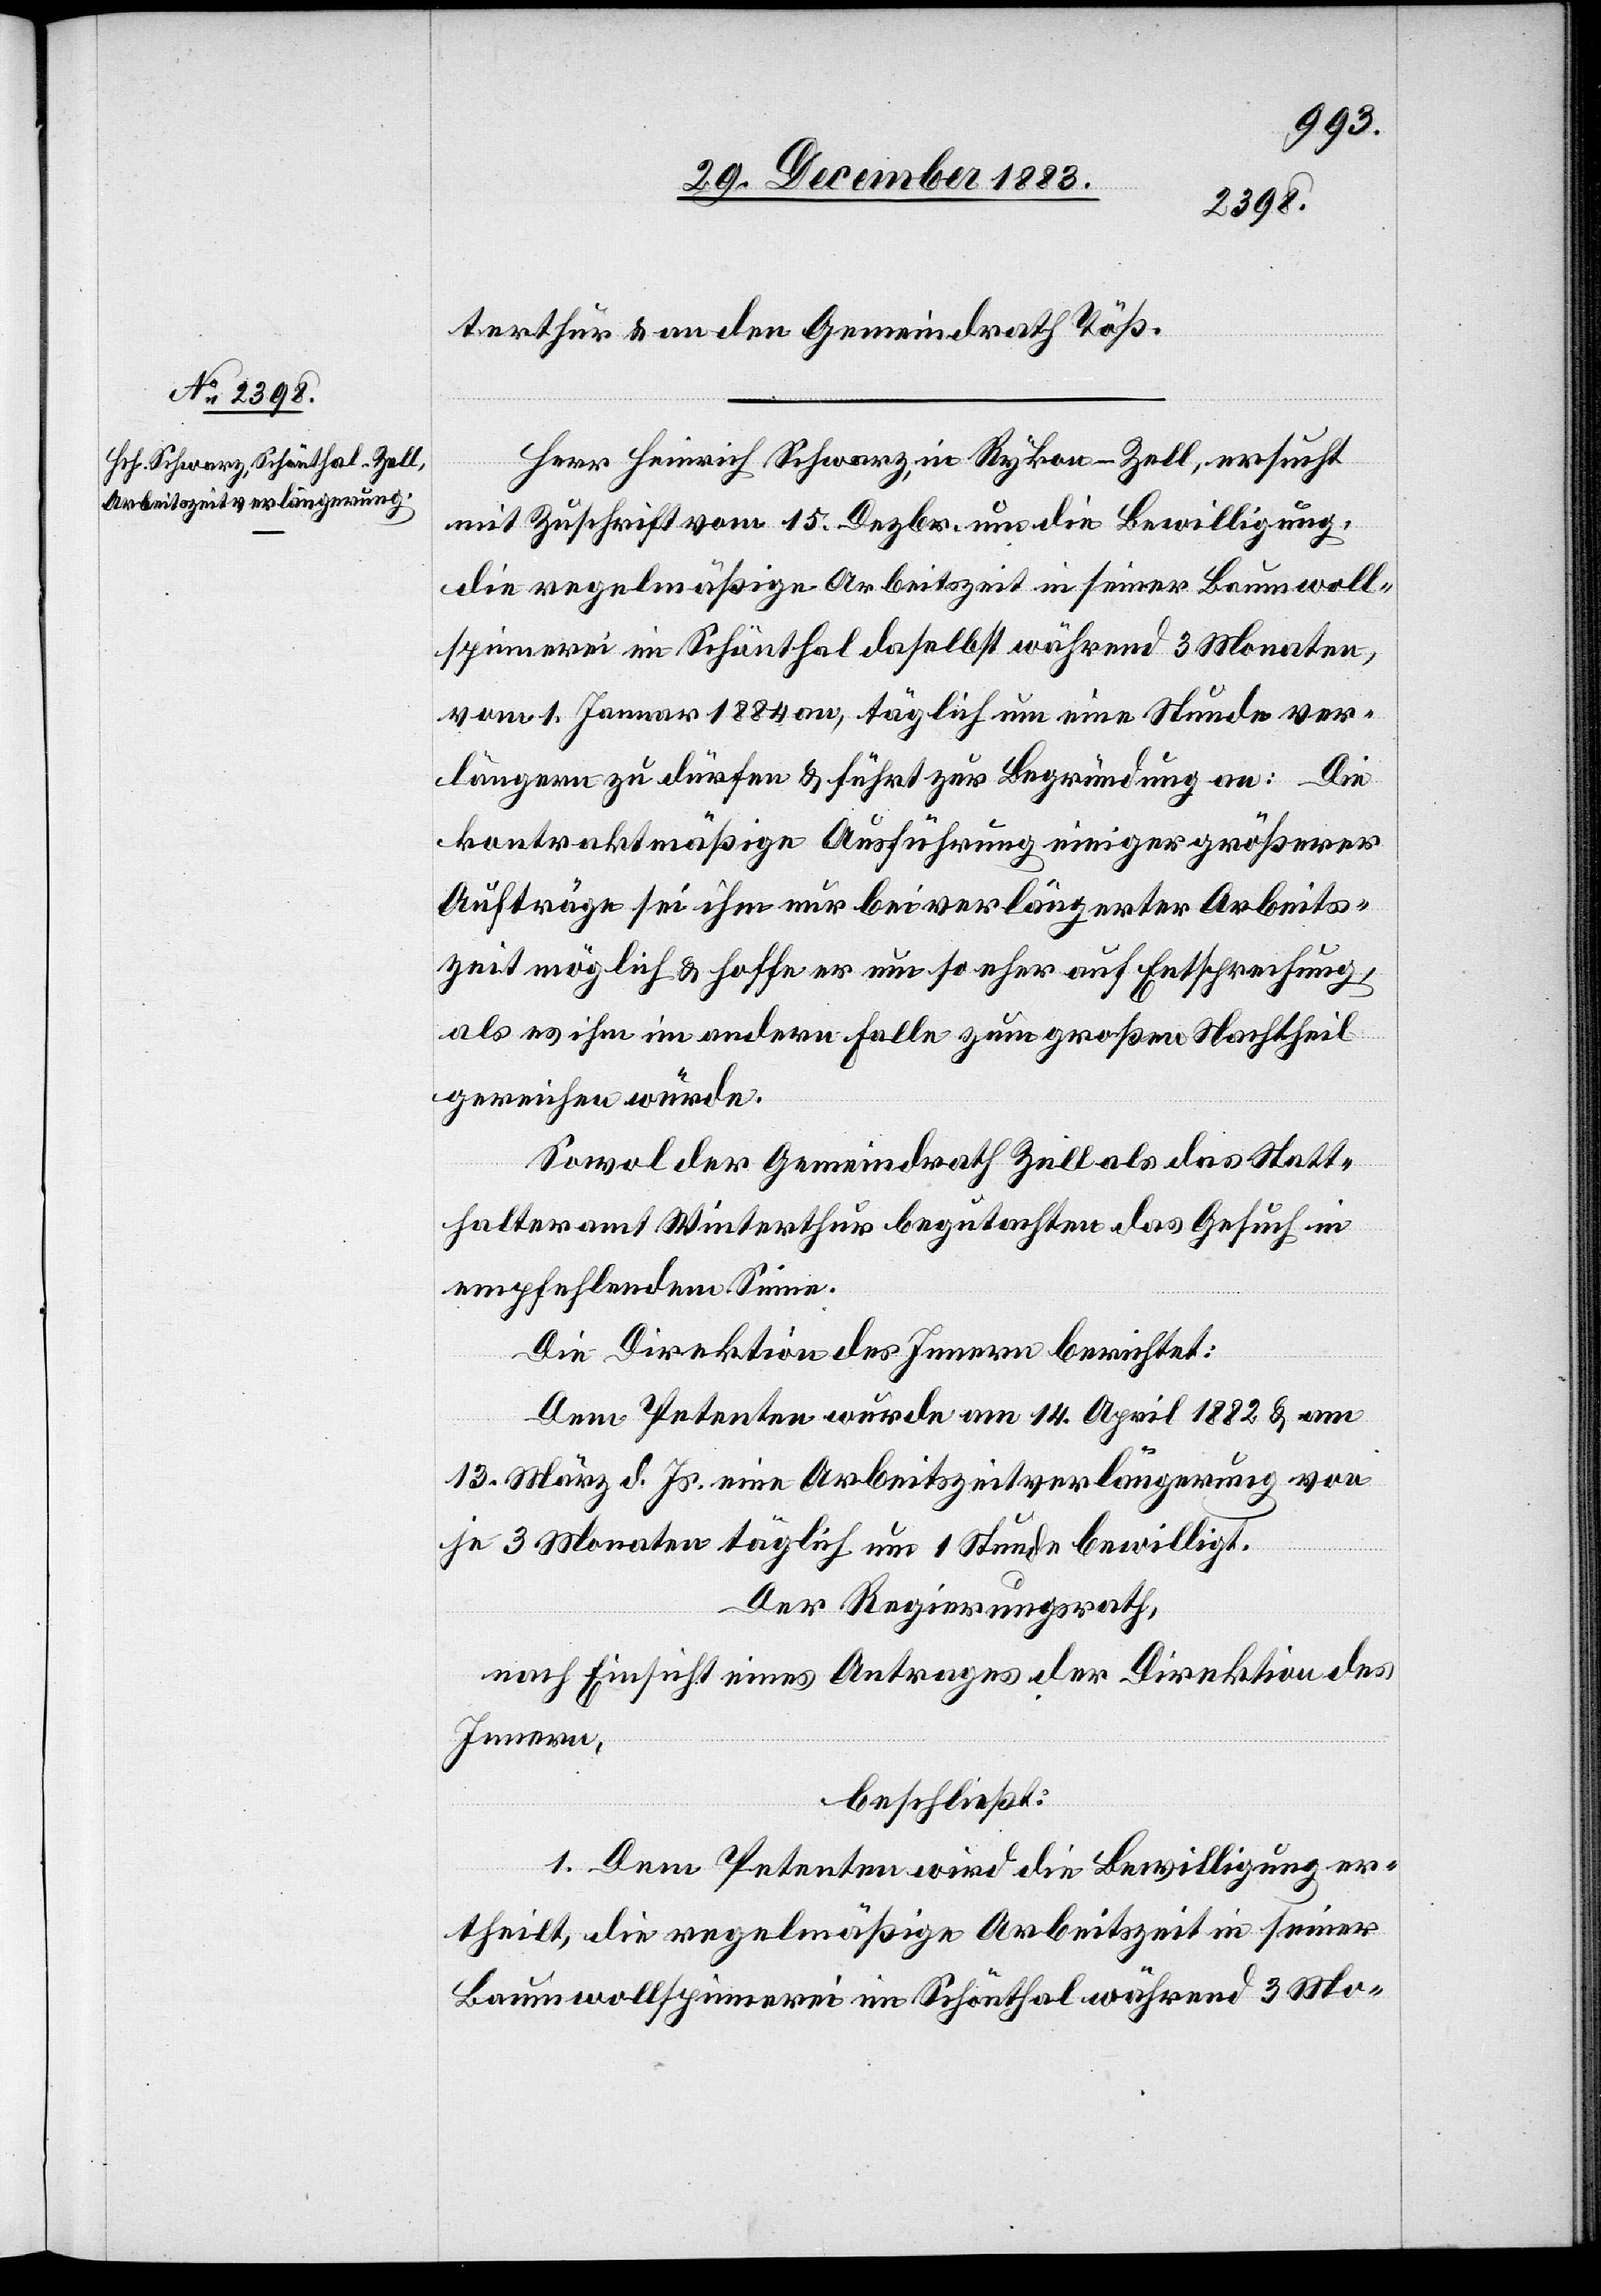
terthur & an den Gemeindrath Töß.
Herr Heinrich Schwarz, in Rykon - Zell, ersucht
mit Zuschrift vom 15. Dezbr. um die Bewilligung,
die regelmäßige Arbeitszeit in seiner Baumwoll¬
spinnerei in Schönthal daselbst während 3 Monaten,
vom 1. Januar 1884 an, täglich um eine Stunde ver¬
längern zu dürfen & führt zur Begründung an: Die
kontraktmäßige Ausführung einiger größerer
Aufträge sei ihm nur bei verlängerten Arbeits¬
zeit möglich & hoffe er um so eher auf Entsprechung,
als es ihm im andern Falle zum großen Nachtheil
gereichen würde.
Sowol der Gemeindrath Zell als das Statt¬
halteramt Winterthur begutachten das Gesuch in
empfehlendem Sinne.
Die Direktion des Innern berichtet:
Dem Petenten wurde am 14. April 1882 & am
13. März d. Js. eine Arbeitszeitverlängerung von
je 3 Monaten täglich um 1 Stunde bewilligt.
Der Regierungsrath,
nach Einsicht eines Antrages der Direktion des
Innern,
beschließt:
1. Dem Petenten wird die Bewilligung er¬
theilt, die regelmäßige Arbeitszeit in seiner
Baumwollspinnerei im Schönthal während 3 Mo-